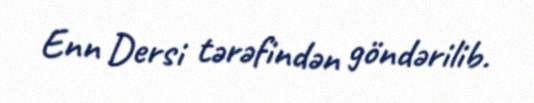
Enn Dersi tərəfindən göndərilib.